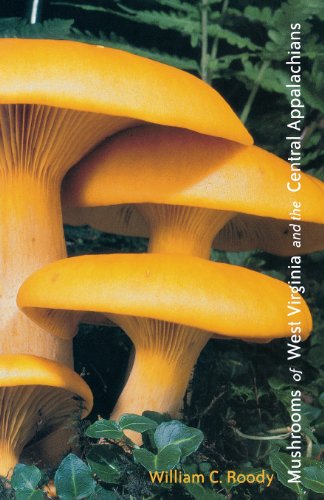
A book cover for Mushrooms of West Virginia and the Central Appalachians; William Roody; Science & Math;